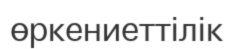
өркениеттілік